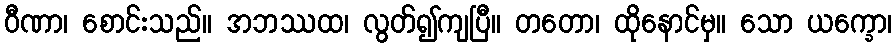
ဝီဏာ၊ စောင်းသည်။ အဘဿထ၊ လွတ်၍ကျပြီ။ တတော၊ ထိုနောင်မှ။ သော ယက္ခော၊